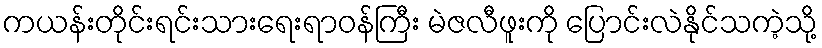
ကယန်းတိုင်းရင်းသားရေးရာဝန်ကြီး မဲဇလီဖူးကို ပြောင်းလဲနိုင်သကဲ့သို့